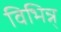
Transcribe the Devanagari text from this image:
विभिन्न्